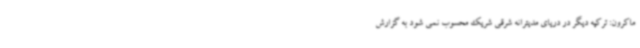
ماکرون: ترکیه دیگر در دریای مدیترانه شرقی شریک محسوب نمی شود به گزارش